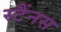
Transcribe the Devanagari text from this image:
स्टैंनस